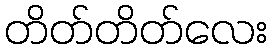
တိတ်တိတ်လေး